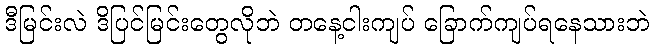
ဒီမြင်းလဲ ဒိပြင်မြင်းတွေလိုဘဲ တနေ့ငါးကျပ် ခြောက်ကျပ်ရနေသားဘဲ